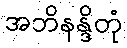
အဘိနန္ဒိတုံ